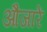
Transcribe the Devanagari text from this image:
औजारें